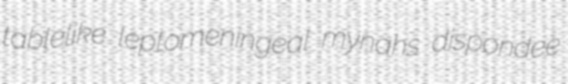
tablelike leptomeningeal mynahs dispondee